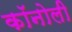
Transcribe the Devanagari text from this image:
कॉनोली